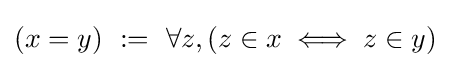
(x=y)\ :=\ \forall z,(z\in x\iff z\in y)